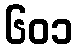
၆၀၁